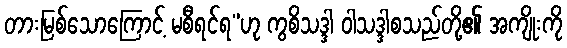
တားမြစ်သောကြောင့် မစီရင်ရ”ဟု ကွစိသဒ္ဒါ ဝါသဒ္ဒါစသည်တို့၏ အကျိုးကို